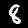
Digit: 8